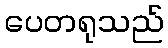
ပေတရုသည်